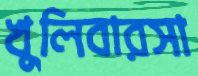
খুলিবারসা